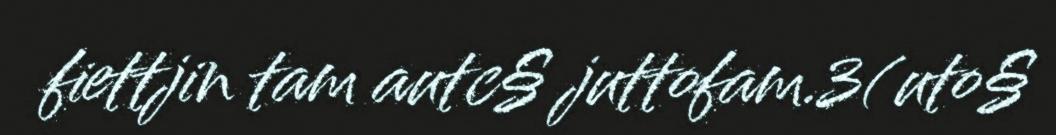
fiettjin tam autc§ juttofam.3(uto§